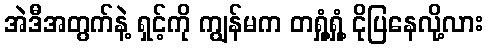
အဲဒီအတွက်နဲ့ ရှင့်ကို ကျွန်မက တရှုံ့ရှုံ့ ငိုပြနေလို့လား